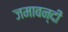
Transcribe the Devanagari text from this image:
जमाबन्दी